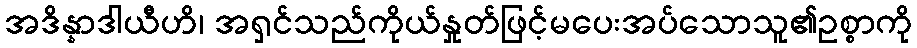
အဒိန္နာဒါယီဟိ၊ အရှင်သည်ကိုယ်နှုတ်ဖြင့်မပေးအပ်သောသူ၏ဥစ္စာကို